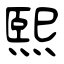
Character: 煕